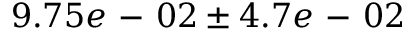
9 . 7 5 e \mathrm { ~ - ~ } 0 2 \pm 4 . 7 e \mathrm { ~ - ~ } 0 2